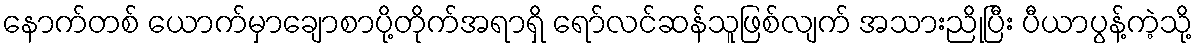
နောက်တစ် ယောက်မှာချောစာပို့တိုက်အရာရှိ ရော်လင်ဆန်သူဖြစ်လျက် အသားညိုပြီး ပီယာပွန့်ကဲ့သို့